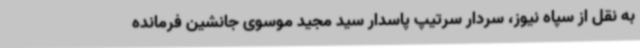
به نقل از سپاه نیوز، سردار سرتیپ پاسدار سید مجید موسوی جانشین فرمانده